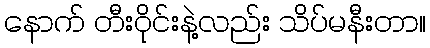
နောက် တီးဝိုင်းနဲ့လည်း သိပ်မနီးတာ။